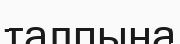
талпына